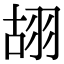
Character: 䎁